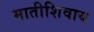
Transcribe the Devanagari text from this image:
मातीशिवाय